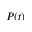
P ( t )